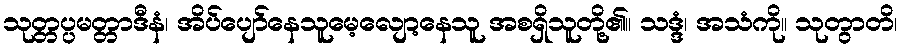
သုတ္တပ္ပမတ္တာဒီနံ၊ အိပ်ပျော်နေသူမေ့လျော့နေသူ အစရှိသူတို့၏။ သဒ္ဒံ၊ အသံကို။ သုတွာတိ၊